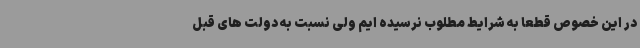
در این خصوص قطعا به شرایط مطلوب نرسیده ایم ولی نسبت به دولت های قبل